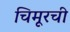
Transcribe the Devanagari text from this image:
चिमूरची